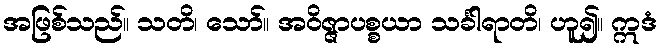
အဖြစ်သည်။ သတိ၊ သော်။ အဝိဇ္ဇာပစ္စယာ သင်္ခါရာတိ၊ ဟူ၍။ ဣဒံ